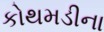
કોથમડીના